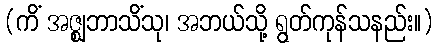
(ကိံ အဇ္ဈဘာသိံသု၊ အဘယ်သို့ ရွတ်ကုန်သနည်း။)